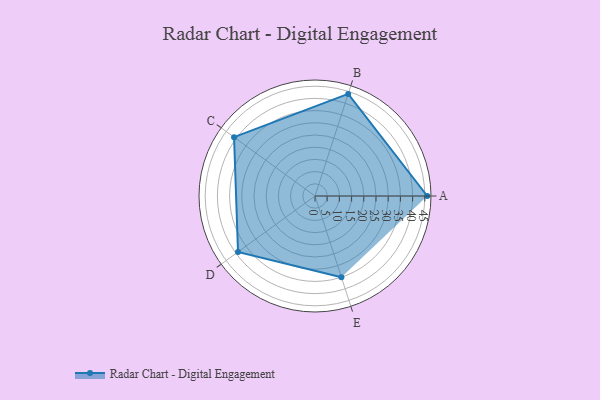
{"axis": {"x": "Skill", "y": "Score"}, "legend": ["Profile"], "data": [{"x": "A", "y": 46.0, "type": "Profile"}, {"x": "B", "y": 44.0, "type": "Profile"}, {"x": "C", "y": 41.0, "type": "Profile"}, {"x": "D", "y": 39.0, "type": "Profile"}, {"x": "E", "y": 35.0, "type": "Profile"}]}